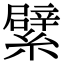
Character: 繴